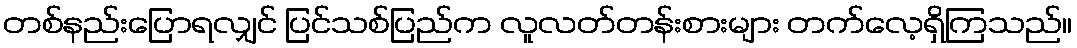
တစ်နည်းပြောရလျှင် ပြင်သစ်ပြည်က လူလတ်တန်းစားများ တက်လေ့ရှိကြသည်။